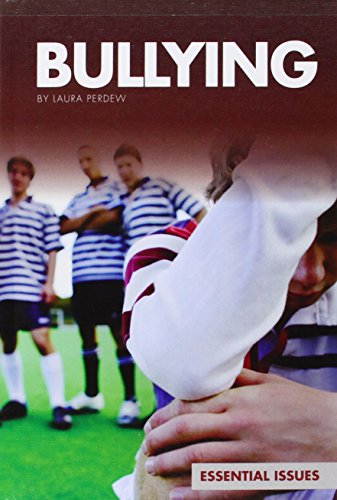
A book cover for Bullying (Essential Issues Set 4); Laura Perdew; Teen & Young Adult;